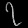
Digit: ၇